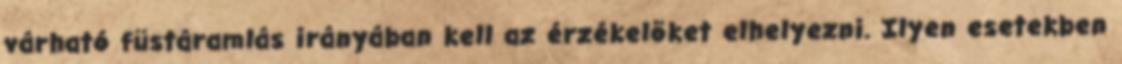
várható füstáramlás irányában kell az érzékelõket elhelyezni. Ilyen esetekben